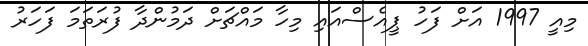
މިއީ 1997 އަށް ފަހު ޕީއެސްއައި މިހާ މައްޗަށް ދަމުންދާ ފުރަތަމަ ފަހަރު